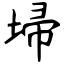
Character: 埽